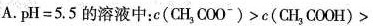
A.pH=5.5的溶液中：$$c ( C H_{3} C O O^{-}) > c (C H_{3} C O O H) >